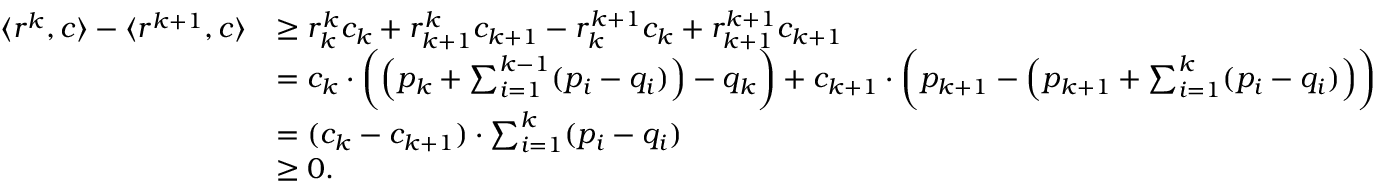
\begin{array} { r l } { \langle r ^ { k } , c \rangle - \langle r ^ { k + 1 } , c \rangle } & { \geq r _ { k } ^ { k } c _ { k } + r _ { k + 1 } ^ { k } c _ { k + 1 } - r _ { k } ^ { k + 1 } c _ { k } + r _ { k + 1 } ^ { k + 1 } c _ { k + 1 } } \\ & { = c _ { k } \cdot \bigg ( \Big ( p _ { k } + \sum _ { i = 1 } ^ { k - 1 } ( p _ { i } - q _ { i } ) \Big ) - q _ { k } \bigg ) + c _ { k + 1 } \cdot \bigg ( p _ { k + 1 } - \Big ( p _ { k + 1 } + \sum _ { i = 1 } ^ { k } ( p _ { i } - q _ { i } ) \Big ) \bigg ) } \\ & { = ( c _ { k } - c _ { k + 1 } ) \cdot \sum _ { i = 1 } ^ { k } ( p _ { i } - q _ { i } ) } \\ & { \geq 0 . } \end{array}